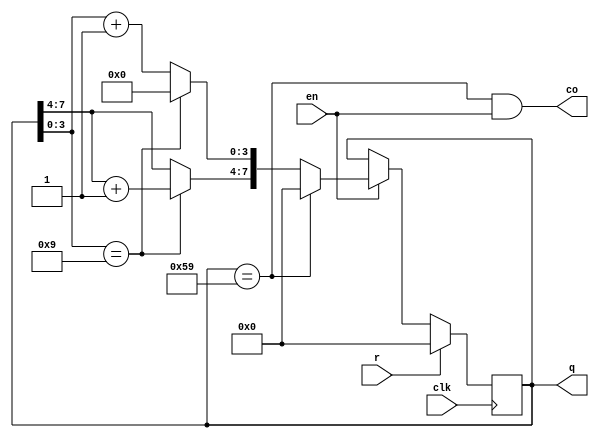
module BCD_60(clk,r,en,co,q);

	parameter n=90;   // 60_BCD = 0110_0000=(90)10
	input clk,r,en;
	output reg[7:0] q;
	output co;
	
	assign co=(q==(n-1))&en;
	
	always @(posedge clk)
		begin 
			if(r) q=0;
			else if(en)
				begin 
				  if(q==(n-1)) q=0;
				  else if(q[3:0]==9)
					begin
					  q[3:0]=0;
					  q[7:4]=q[7:4]+1;
					end
				  else q[3:0]=q[3:0]+1;
				end
			else q=q;
		end
endmodule